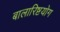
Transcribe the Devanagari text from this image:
बालारिष्टयोग